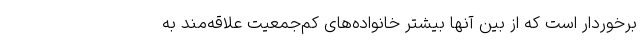
برخوردار است که از بین آنها بیشتر خانواده‌های کم‌جمعیت علاقه‌مند به